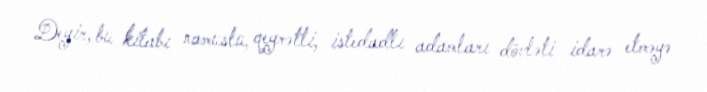
Deyir, bu kitabı namuslu, qeyrətli, istedadlı adamları dövləti idarə etməyə